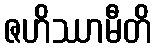
ဇဟိဿာမီတိ